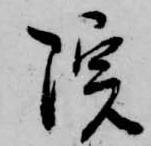
院